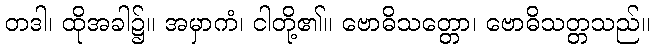
တဒါ၊ ထိုအခါ၌။ အမှာကံ၊ ငါတို့၏။ ဗောဓိသတ္တော၊ ဗောဓိသတ္တသည်။